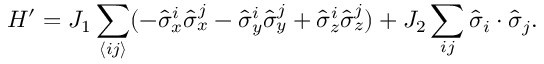
H ^ { \prime } = J _ { 1 } \sum _ { \langle i j \rangle } ( - \hat { \sigma } _ { x } ^ { i } \hat { \sigma } _ { x } ^ { j } - \hat { \sigma } _ { y } ^ { i } \hat { \sigma } _ { y } ^ { j } + \hat { \sigma } _ { z } ^ { i } \hat { \sigma } _ { z } ^ { j } ) + J _ { 2 } \sum _ { \llangle i j \rrangle } \hat { \boldsymbol { \sigma } } _ { i } \cdot \hat { \boldsymbol { \sigma } } _ { j } .